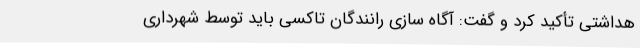
هداشتی تأکید کرد و گفت: آگاه سازی رانندگان تاکسی باید توسط شهرداری